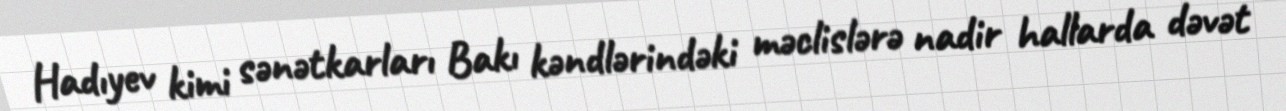
Hadıyev kimi sənətkarları Bakı kəndlərindəki məclislərə nadir hallarda dəvət